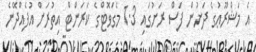
އެ މަޝްރޫޢުގެ ދަށުން ފަސް ރަށުގައި 1.3 މެގަވޮޓްގެ ކަރަންޓް އިތުރަށް އުފެއްދޭނެ